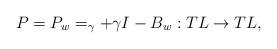
LaTeX: \begin{align*} P=P_w=_\gamma+\gamma I-B_w:TL\rightarrow TL, \end{align*}